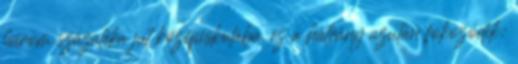
három százaléka jut középiskolába. ez a hátrány azután fokozódik: